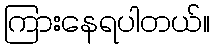
ကြားနေရပါတယ်။